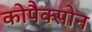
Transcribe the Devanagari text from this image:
कोपैक्सोन